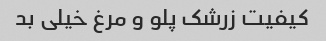
کیفیت زرشک پلو و مرغ خیلی بد